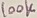
Text: 100K